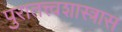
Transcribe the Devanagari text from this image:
पुरातत्त्वशास्त्रास